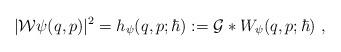
LaTeX: \begin{align*}|\mathcal{W}\psi(q,p)|^2=h_\psi(q,p;\hbar):=\mathcal{G} * W_\psi(q,p;\hbar) \ ,\end{align*}